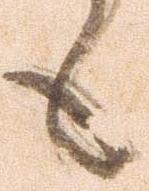
も